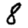
Digit: 8